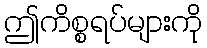
ဤကိစ္စရပ်များကို